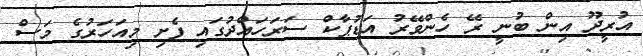
އުރީދޫ އިން ބުނީ ރޭ ހެންވޭރު އަޑުޕާކް ސަރަހައްދުގައި ފެށި މިއަހަރުގެ މަސް